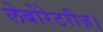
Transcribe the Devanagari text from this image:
लेबोरेटरीज़।